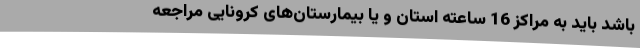
باشد باید به مراکز 16 ساعته استان و یا بیمارستان‌های کرونایی مراجعه